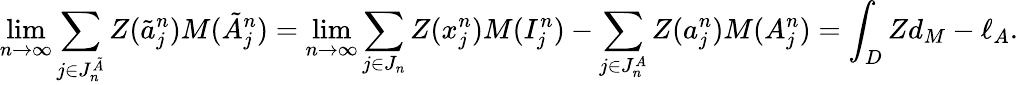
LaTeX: \operatorname*{lim}_{n\to\infty}\sum_{j\in J_{n}^{\tilde{A}}}Z(\tilde{a}_{j}^{n})M(\tilde{A}_{j}^{n})=\operatorname*{lim}_{n\to\infty}\sum_{j\in J_{n}}Z(x_{j}^{n})M(I_{j}^{n})-\sum_{j\in J_{n}^{A}}Z(a_{j}^{n})M(A_{j}^{n})=\int_{D}Zd_{M}-\ell_{A}.